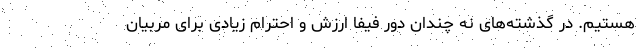
هستیم. در گذشته‌های نه چندان دور فیفا ارزش و احترام زیادی برای مربیان